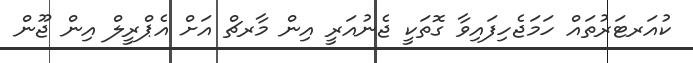
ކުއަރޓަރުތައް ހަމަޖެހިފައިވާ ގޮތަކީ ޖެނުއަރީ އިން މާރޗް އަށް އެޕްރީލް އިން ޖޫން